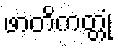
ဖာတိကတ္တုံ